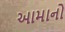
આમાનો